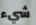
شيء